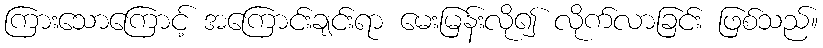
ကြားသောကြောင့် အကြောင်းချင်းရာ မေးမြန်းလို၍ လိုက်လာခြင်း ဖြစ်သည်။